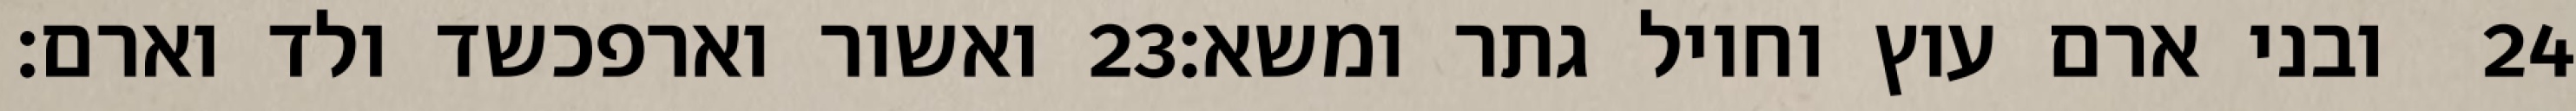
ואשור וארפכשד ולד וארם׃ ‎23‏ ובני ארם עוץ וחויל גתר ומשא׃ ‎24‏